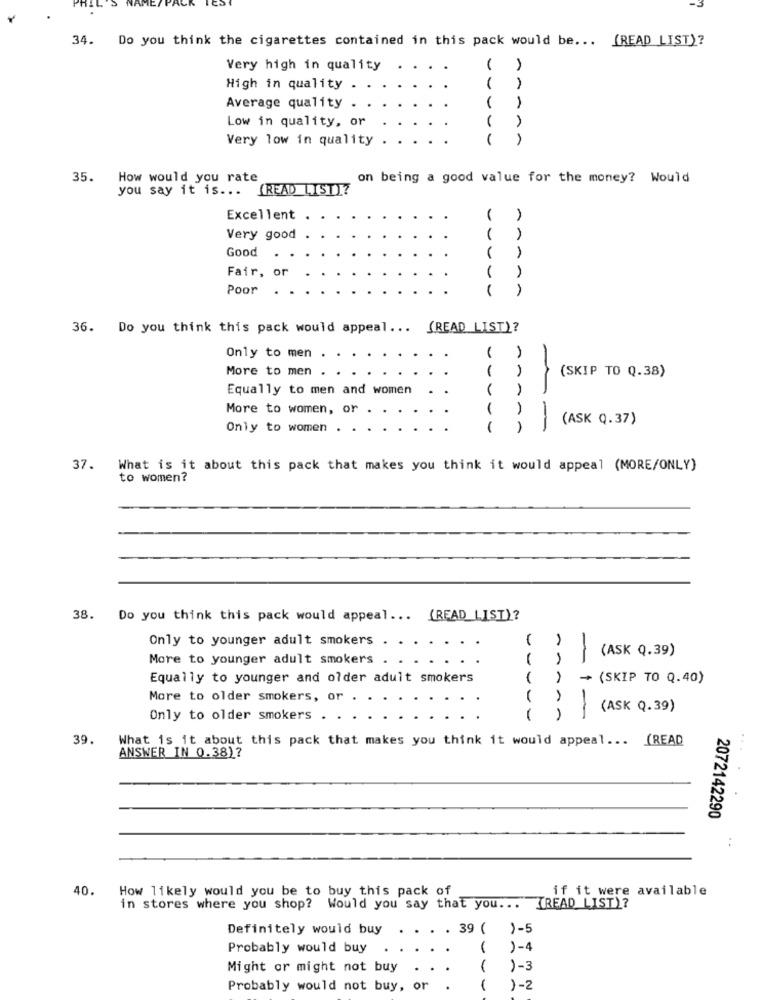
IES
34. Do you think the cigarettes contained in this pack would be ... (READ LIST)?
Very high in quality
1
High in quality
1
Average quality
Low in quality, or
Very low in quality
35. How would you rate
on being a good value for the money? Would
you say it is ...
(READ LISTI?
Excellent
Very good
Good
Fair, or
1
Poor
A
36. Do you think this pack would appeal ...
(READ_LIST)?
Only to men
More to men
(SKIP TO Q.38)
Equally to men and women
More to women, or
-
(ASK Q.37)
Only to women .
-
37.
What is it about this pack that makes you think it would appeal (MORE/ONLY)
to women?
38. Do you think this pack would appeal ... (READ LIST)?
Only to younger adult smokers
(ASK Q.39)
More to younger adult smokers
Equally to younger and older adult smokers
( )
- (SKIP TO Q.40)
More to older smokers, or
1
(ASK Q.39)
Only to older smokers .
39.
What is it about this pack that makes you think it would appeal ...
(READ
..
ANSWER IN 0.38)?
2072142290
..
40.
How likely would you be to buy this pack of
if it were available
in stores where you shop? Would you say that you ...
[READ LIST)?
Definitely would buy
39 (
)-5
Probably would buy
1
)-4
Might or might not buy
1
)-3
Probably would not buy, or
)-2